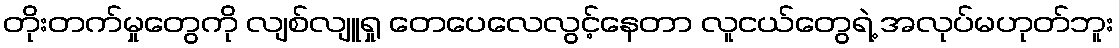
တိုးတက်မှုတွေကို လျစ်လျူရှု တေပေလေလွင့်နေတာ လူငယ်တွေရဲ့ အလုပ်မဟုတ်ဘူး